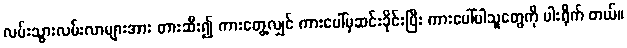
လမ်းသွားလမ်းလာများအား တားဆီး၍ ကားတွေ့လျှင် ကားပေါ်မှဆင်းခိုင်းပြီး ကားပေါ်ပါသူတွေကို ပါးရိုက် တယ်။